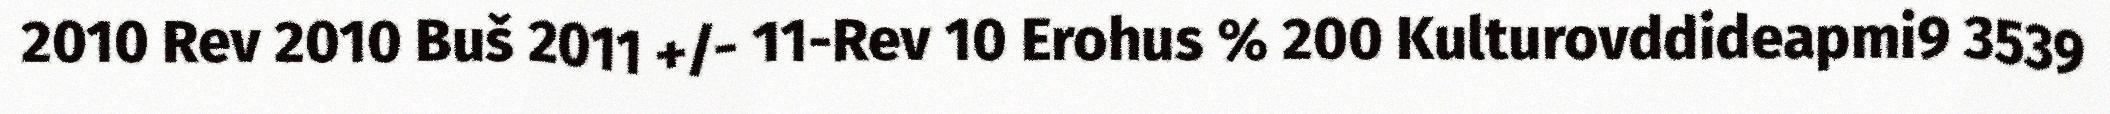
2010 Rev 2010 Buš 2011 +/- 11-Rev 10 Erohus % 200 Kulturovddideapmi9 3539